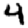
Digit: 4